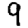
Digit: 9